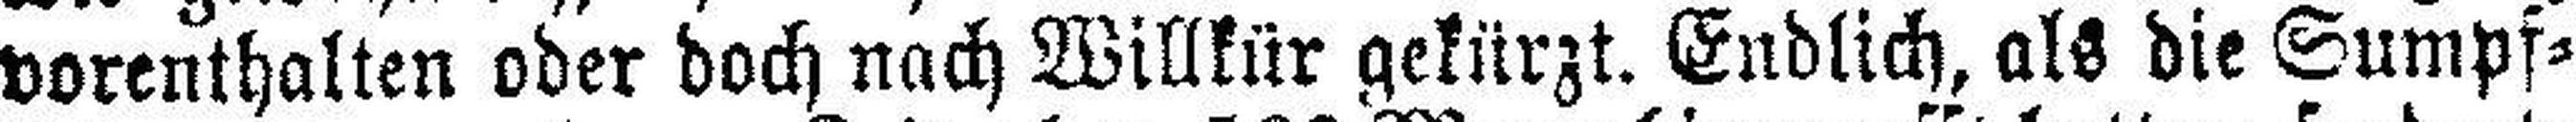
vorenthalten oder doch nach Willkür gekürzt. Endlich, als die Sumpf¬